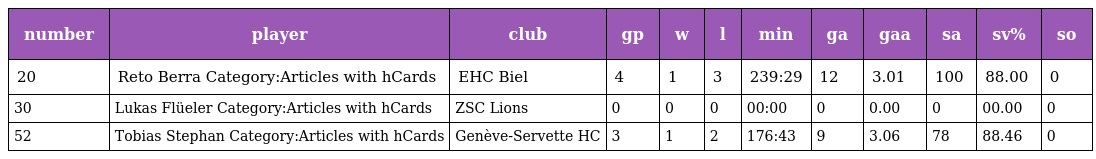
| number | player | club | gp | w | l | min | ga | gaa | sa | sv% | so |
 | --- | --- | --- | --- | --- | --- | --- | --- | --- | --- | --- | --- |
 | 20 | Reto Berra Category:Articles with hCards | EHC Biel | 4 | 1 | 3 | 239:29 | 12 | 3.01 | 100 | 88.00 | 0 |
 | 30 | Lukas Flüeler Category:Articles with hCards | ZSC Lions | 0 | 0 | 0 | 00:00 | 0 | 0.00 | 0 | 00.00 | 0 |
 | 52 | Tobias Stephan Category:Articles with hCards | Genève-Servette HC | 3 | 1 | 2 | 176:43 | 9 | 3.06 | 78 | 88.46 | 0 |